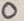
Text: O